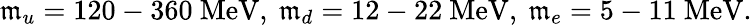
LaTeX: \mathfrak{m}_{u}=120-360\ \mathrm{{MeV}},\ \mathfrak{m}_{d}=12-22\ \mathrm{{MeV}},\ \mathfrak{m}_{e}=5-11\ \mathrm{{MeV}}.